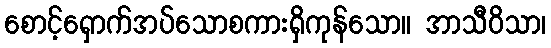
စောင့်ရှောက်အပ်သောစကားရှိကုန်သော။ အာသီဝိသာ၊